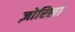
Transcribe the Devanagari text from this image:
ज़ोरिला